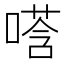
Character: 𫫚